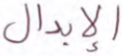
الإبدال